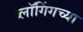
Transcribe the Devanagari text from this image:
ब्लॉगिंगच्या